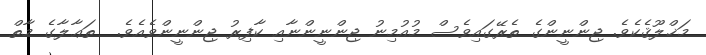
މަޚްލޫޤެކެވެ. ޖިންނީންގެ ތެރޭގައިވެސް މުއުމިނު ޖިންނީންނާއި ކާފިރު ޖިންނީންވެއެވެ.  ތަޢާލާގެ މާތް